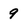
Character: 9